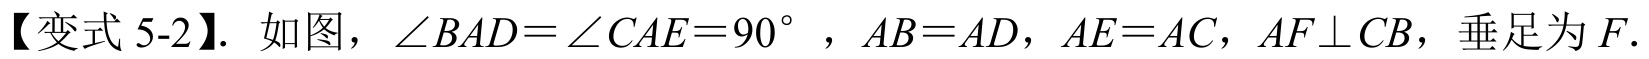
【变式 5-2】. 如图，\(\angle BAD=\angle CAE = 90^{\circ}\)，\(AB = AD\)，\(AE = AC\)，\(AF\perp CB\)，垂足为 \(F\).